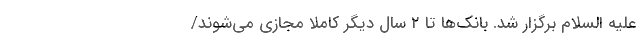
علیه السّلام برگزار شد. بانک‌ها تا ۲ سال دیگر کاملا مجازی می‌شوند/